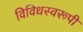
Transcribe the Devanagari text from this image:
विविधस्वरूपी